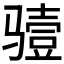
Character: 𮹏